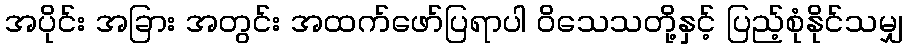
အပိုင်း အခြား အတွင်း အထက်ဖော်ပြရာပါ ဝိသေသတို့နှင့် ပြည့်စုံနိုင်သမျှ